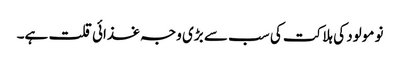
نو مولود کی ہلاکت کی سب سے بڑی وجہ غذائی قلت ہے۔